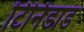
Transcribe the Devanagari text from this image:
टिनिडाड